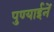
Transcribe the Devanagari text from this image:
पुण्याईनें